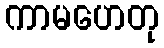
ကာမဟေတု